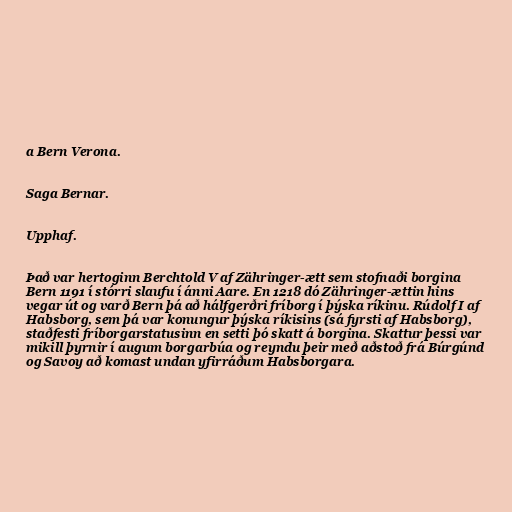
a Bern Verona.

Saga Bernar.

Upphaf.

Það var hertoginn Berchtold V af Zähringer-ætt sem stofnaði borgina
Bern 1191 í stórri slaufu í ánni Aare. En 1218 dó Zähringer-ættin hins
vegar út og varð Bern þá að hálfgerðri fríborg í þýska ríkinu. Rúdolf I af
Habsborg, sem þá var konungur þýska ríkisins (sá fyrsti af Habsborg),
staðfesti fríborgarstatusinn en setti þó skatt á borgina. Skattur þessi var
mikill þyrnir í augum borgarbúa og reyndu þeir með aðstoð frá Búrgúnd
og Savoy að komast undan yfirráðum Habsborgara.